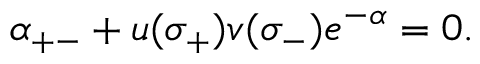
\alpha _ { + - } + u ( \sigma _ { + } ) v ( \sigma _ { - } ) e ^ { - \alpha } = 0 .